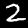
Digit: 2